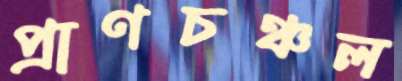
প্রাণচঞ্চল